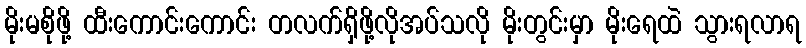
မိုးမစိုဖို့ ထီးကောင်းကောင်း တလက်ရှိဖို့လိုအပ်သလို မိုးတွင်းမှာ မိုးရေထဲ သွားရလာရ